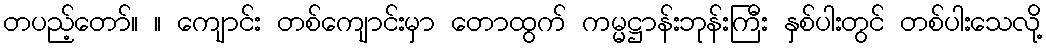
တပည့်တော်။ ။ ကျောင်း တစ်ကျောင်းမှာ တောထွက် ကမ္မဋ္ဌာန်းဘုန်းကြီး နှစ်ပါးတွင် တစ်ပါးသေလို့